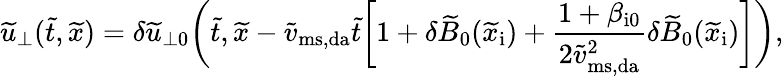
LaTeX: \widetilde{u}_{\perp}(\widetilde{t},\widetilde{x})=\delta\widetilde{u}_{\perp 0}\biggl(\widetilde{t},\widetilde{x}-\widetilde{v}_{\mathrm{ms,da}}\widetilde{t}\biggl[1+\delta\widetilde{B}_{0}(\widetilde{x}_{\mathrm{i}})+\frac{1+\beta_{\mathrm{i0}}}{2\widetilde{v}_{\mathrm{ms,da}}^{2}}\delta\widetilde{B}_{0}(\widetilde{x}_{\mathrm{i}})\biggr]\biggr),